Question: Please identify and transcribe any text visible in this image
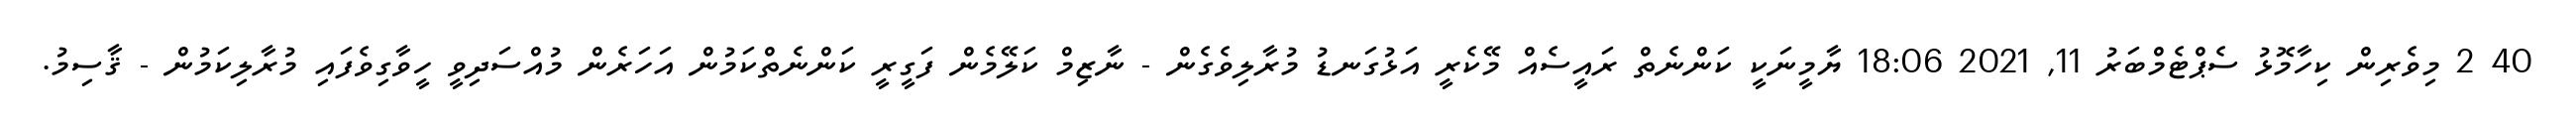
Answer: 40 2 މިވެރިން ކިހާމޮޅު ސެޕްޓެމްބަރު 11, 2021 18:06 ޔާމީނަކީ ކަންނެތް ރައީސެއް މޭކެރީ އަޅުގަނޑު މުރާލިވެގެން - ނާޒިމް ކަލޭމެން ފަގީރީ ކަންނެތްކަމުން އަހަރެން މުއްސަދިވީ ހީވާގިވެފައި މުރާލިކަމުން - ޤާސިމު.